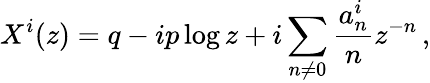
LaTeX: X^{i}(z)=q-ip\log z+i\sum_{n\neq 0}{\frac{a_{n}^{i}}{n}}z^{-n}\, ,